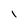
Character: I